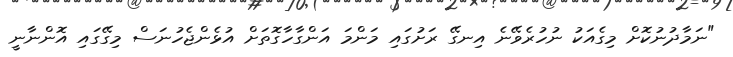
"ނަމާދުނުކޮށް މިގެއަކު ނުހުރެވޭނެ އިނގޭ ރަށުގައި މަންމަ އަންގާހާގޮތަށް އުޅެންޖެހުނަސް މިގޭގައި އޮންނާނީ